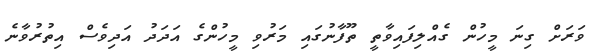
ވަރަށް ގިނަ މީހުން ގެއްލިފައިވާތީ ތޫފާނުގައި މަރުވި މީހުންގެ އަދަދު އަދިވެސް އިތުރުވާނެ